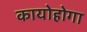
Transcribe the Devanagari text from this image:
कायोहोगा